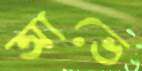
আভে